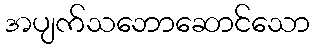
အပျက်သဘောဆောင်သော